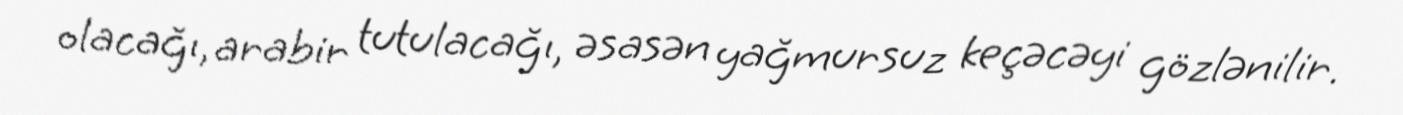
olacağı, arabir tutulacağı, əsasən yağmursuz keçəcəyi gözlənilir.